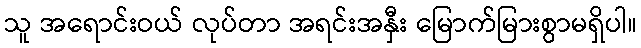
သူ အရောင်းဝယ် လုပ်တာ အရင်းအနှီး မြောက်မြားစွာမရှိပါ။